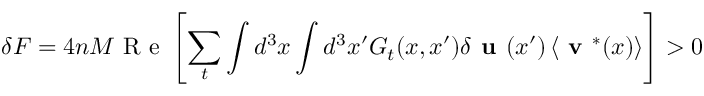
\delta F = 4 n M \mathrm { ~ R ~ e ~ } \left[ \sum _ { t } \int d ^ { 3 } x \int d ^ { 3 } x ^ { \prime } G _ { t } ( x , x ^ { \prime } ) \delta \textbf { u } ( x ^ { \prime } ) \left< \textbf { v } ^ { * } ( x ) \right> \right] > 0